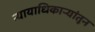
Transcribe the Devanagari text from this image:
न्यायाधिकाऱ्यांतून